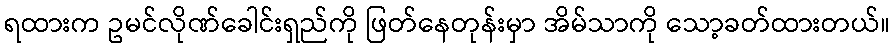
ရထားက ဥမင်လိုဏ်ခေါင်းရှည်ကို ဖြတ်နေတုန်းမှာ အိမ်သာကို သော့ခတ်ထားတယ်။